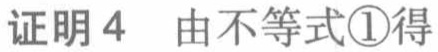
证明4 由不等式\textcircled{1}得